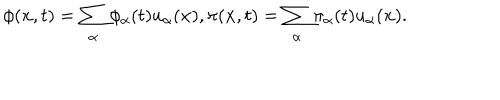
\phi ( { \bf x } , t ) = \sum _ { \alpha } \phi _ { \alpha } ( t ) u _ { \alpha } ( { \bf x } ) , \pi ( { \bf x } , t ) = \sum _ { \alpha } \pi _ { \alpha } ( t ) u _ { \alpha } ( { \bf x } ) .